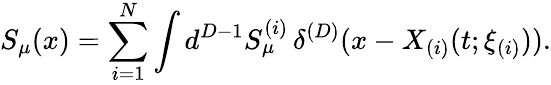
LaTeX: S_{\mu}(x)=\sum_{i=1}^{N}\int d^{D-1}S_{\mu}^{(i)}\, \delta^{(D)}(x-X_{(i)}(t;\xi_{(i)})).